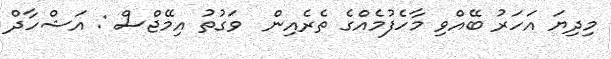
މިދިޔަ އަހަރު ބޭއްވި މާހެފުމެއްގެ ތެރެއިން  ވަގުތު އިމޭޖްސް : އަޝްހާދް